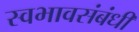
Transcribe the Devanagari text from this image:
स्वभावसंबंधी